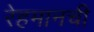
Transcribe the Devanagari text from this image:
रेहमानची